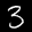
Label: 3